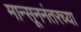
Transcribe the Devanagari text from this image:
मान्सूननंतरच्या